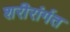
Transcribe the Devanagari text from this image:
शरीरांर्गत